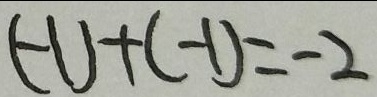
( - 1 ) + ( - 1 ) = - 2